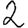
Digit: 2